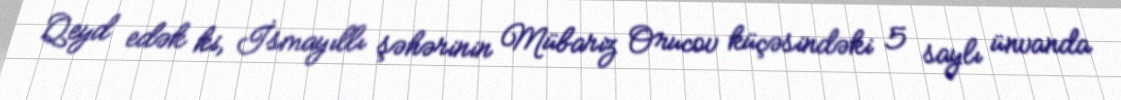
Qeyd edək ki, İsmayıllı şəhərinin Mübariz Orucov küçəsindəki 5 saylı ünvanda